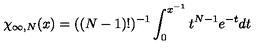
\chi _ { \infty , N } ( x ) = ( ( N - 1 ) ! ) ^ { - 1 } \int _ { 0 } ^ { x ^ { - 1 } } t ^ { N - 1 } e ^ { - t } d t